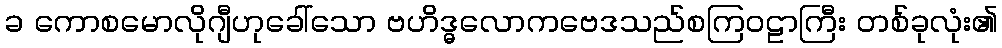
ခ ကောစမောလိုဂျီဟုခေါ်သော ဗဟိဒ္ဓလောကဗေဒသည်စကြဝဠာကြီး တစ်ခုလုံး၏